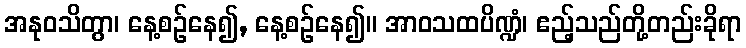
အနုဝသိတွာ၊ နေ့စဉ်နေ၍, နေ့စဉ်နေ၍။ အာဝသထပိဏ္ဍံ၊ ဧည့်သည်တို့တည်းခိုရာ